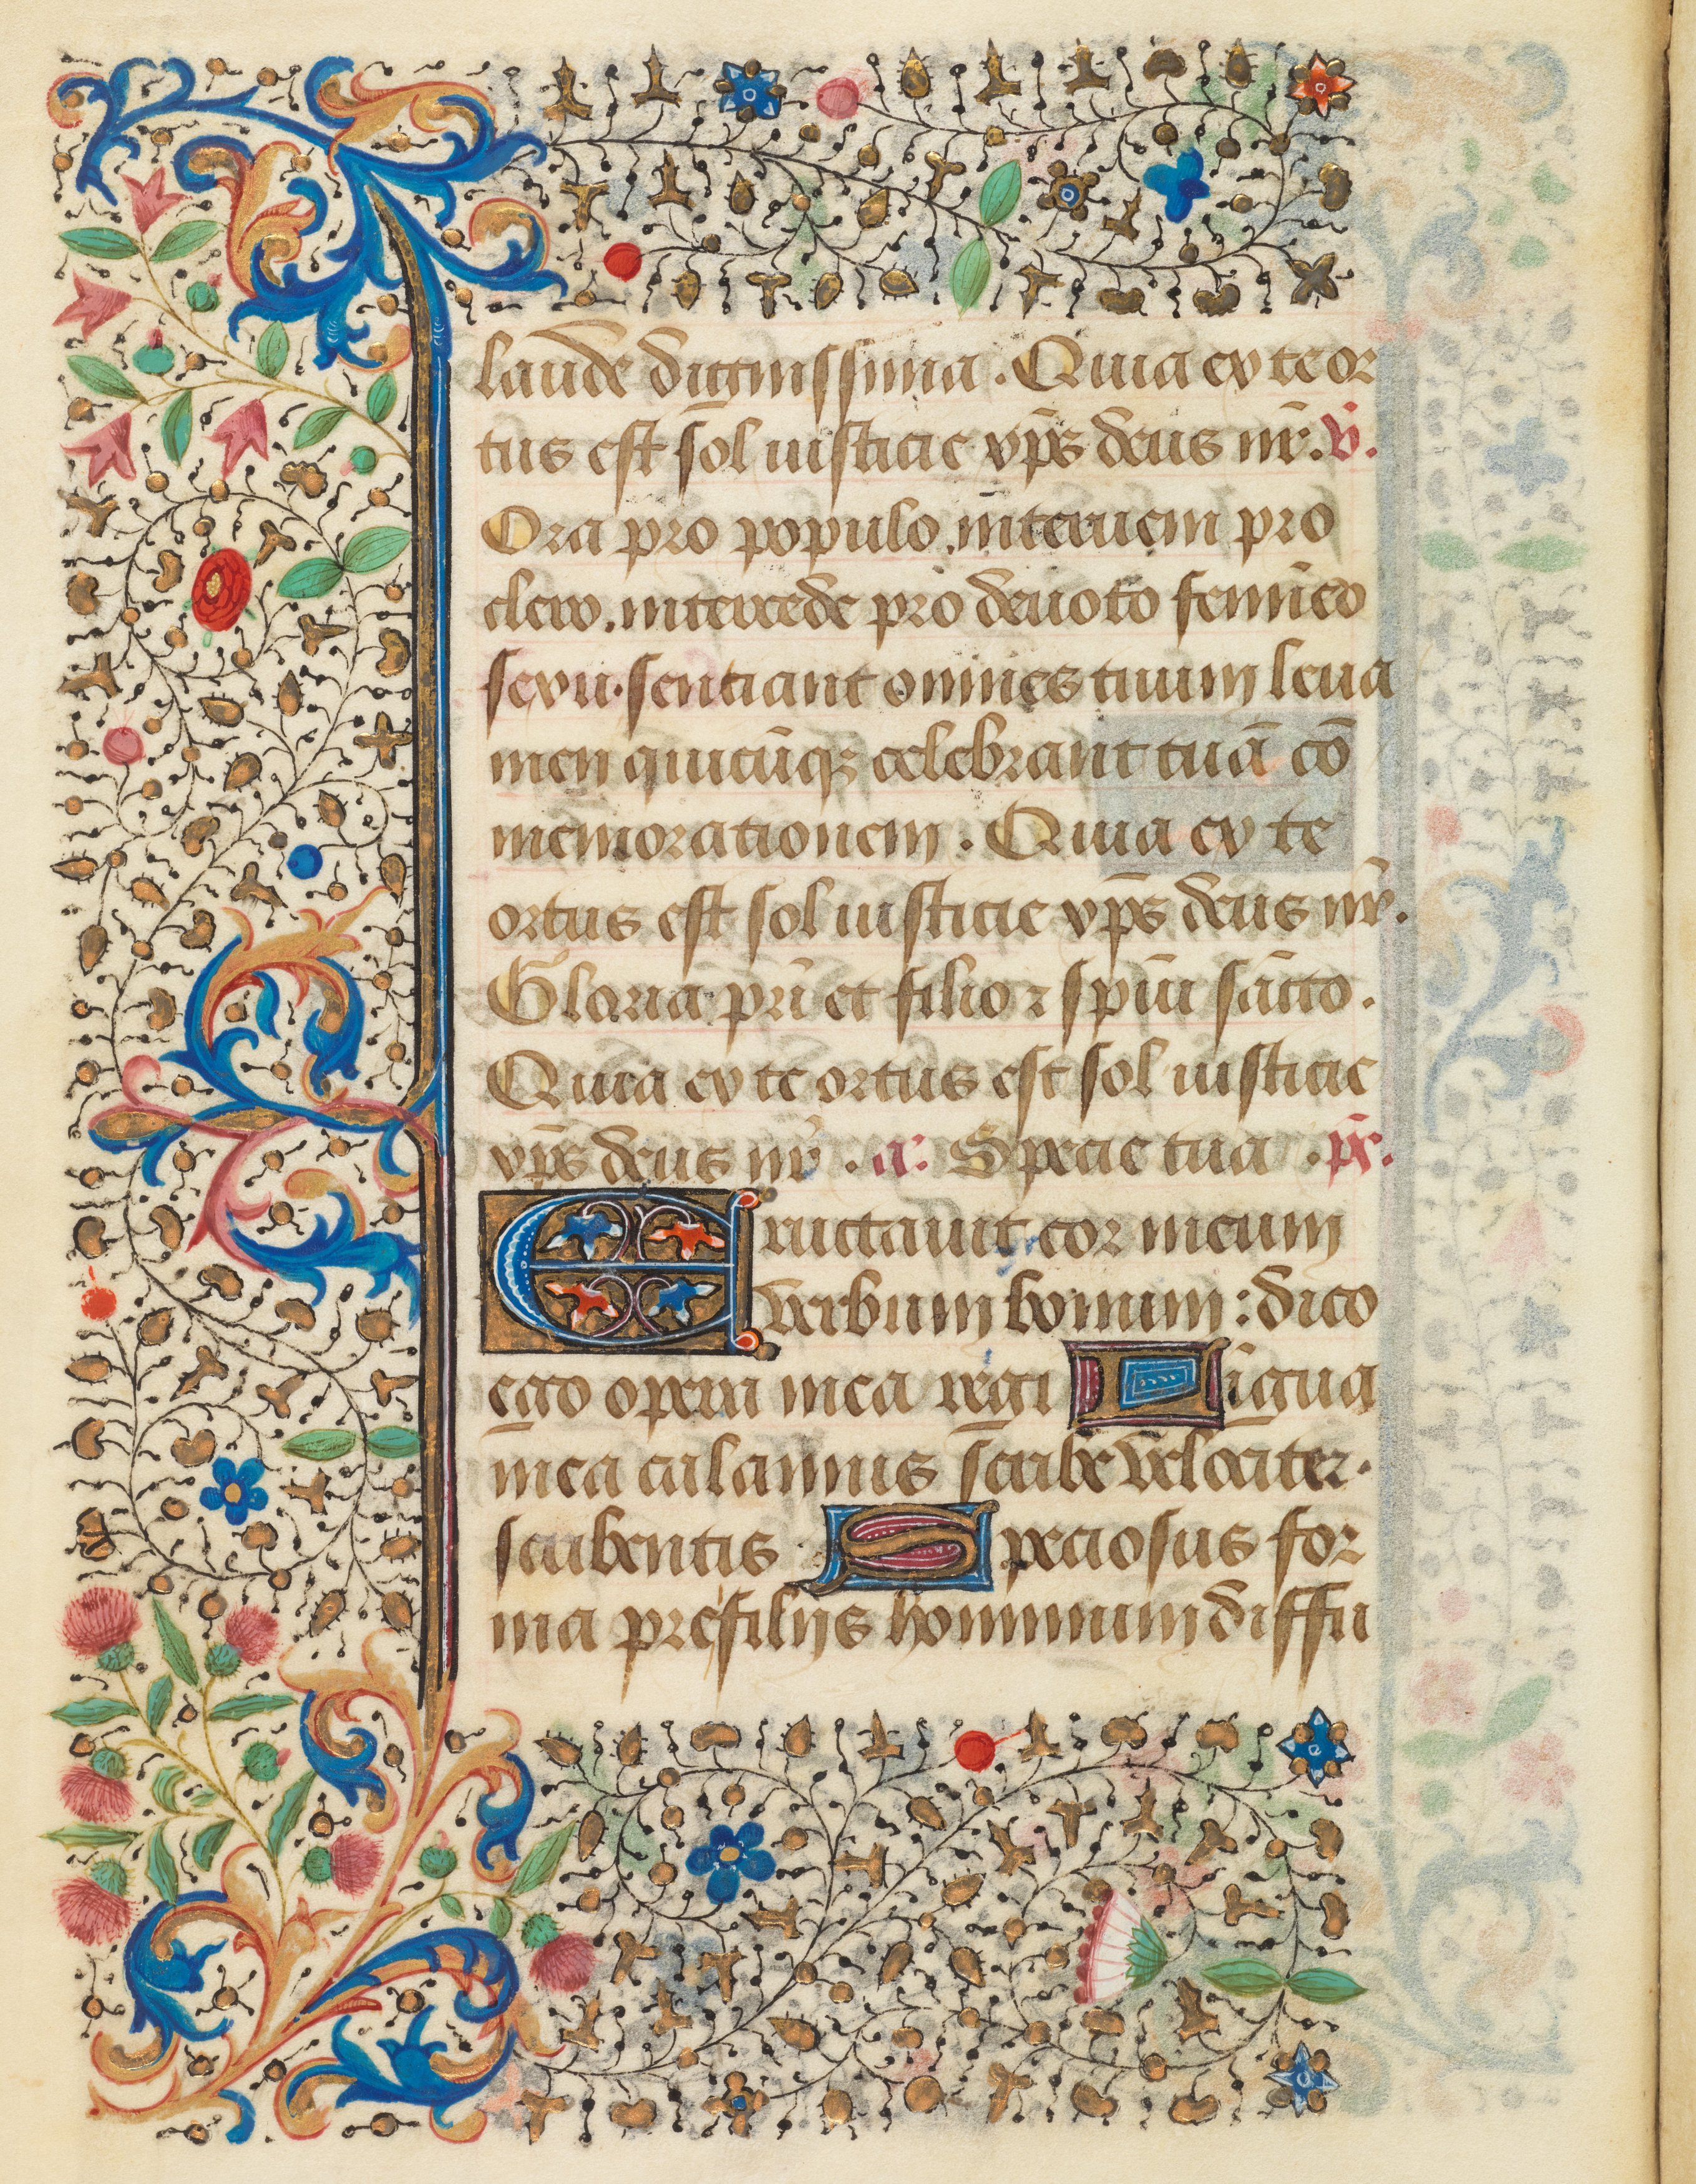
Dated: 1458–1460